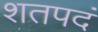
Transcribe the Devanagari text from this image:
शतपदं